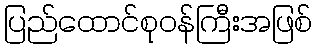
ပြည်ထောင်စုဝန်ကြီးအဖြစ်